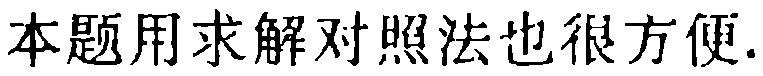
本题用求解对照法也很方便.